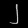
Digit: ၂